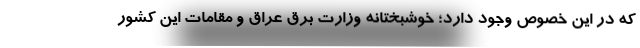
که در این خصوص وجود دارد؛ خوشبختانه وزارت برق عراق و مقامات این کشور